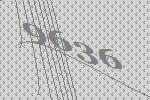
9636